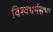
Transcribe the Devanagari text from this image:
विश्वधर्मसभा